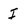
Character: I